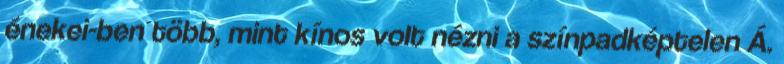
énekei-ben több, mint kínos volt nézni a színpadképtelen Á.